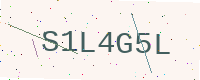
Text: S1L4G5L